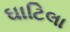
ઘાટિલા